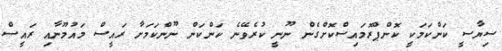
ސިޔާސީ ކަންކަމަކީ ކޮންޕްރޮމައިސްކޮށްގެން ނޫނީ ކުރެވޭނެ ކަންކަން ނޫންކަމަށާ ރައީސް މައުމޫނާއި ރައީސް